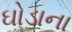
ઘોડાના